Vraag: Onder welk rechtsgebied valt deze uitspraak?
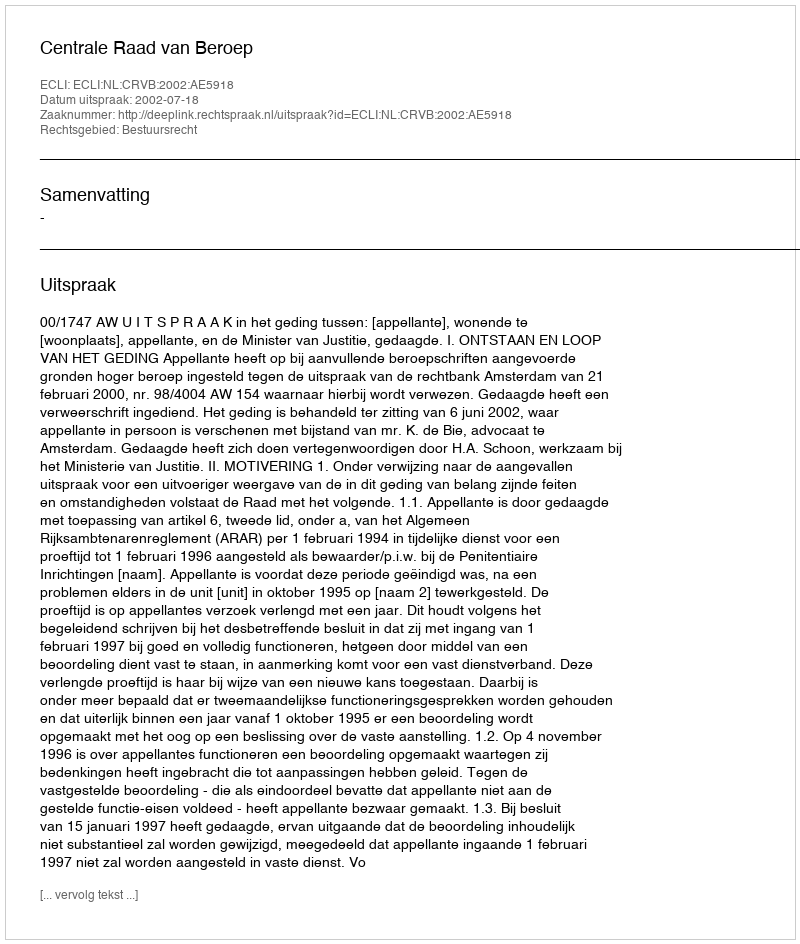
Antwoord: Bestuursrecht